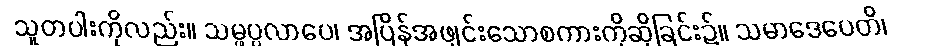
သူတပါးကိုလည်း။ သမ္ဖပ္ပလာပေ၊ အပြိန်အဖျင်းသောစကားကိုဆိုခြင်း၌။ သမာဒေပေတိ၊